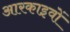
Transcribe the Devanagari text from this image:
आरकाइवों